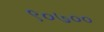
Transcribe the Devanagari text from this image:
९०७००